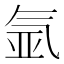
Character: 氩